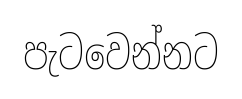
පැටවෙන්නට